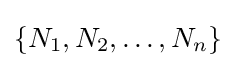
\{N_{1},N_{2},\ldots ,N_{n}\}